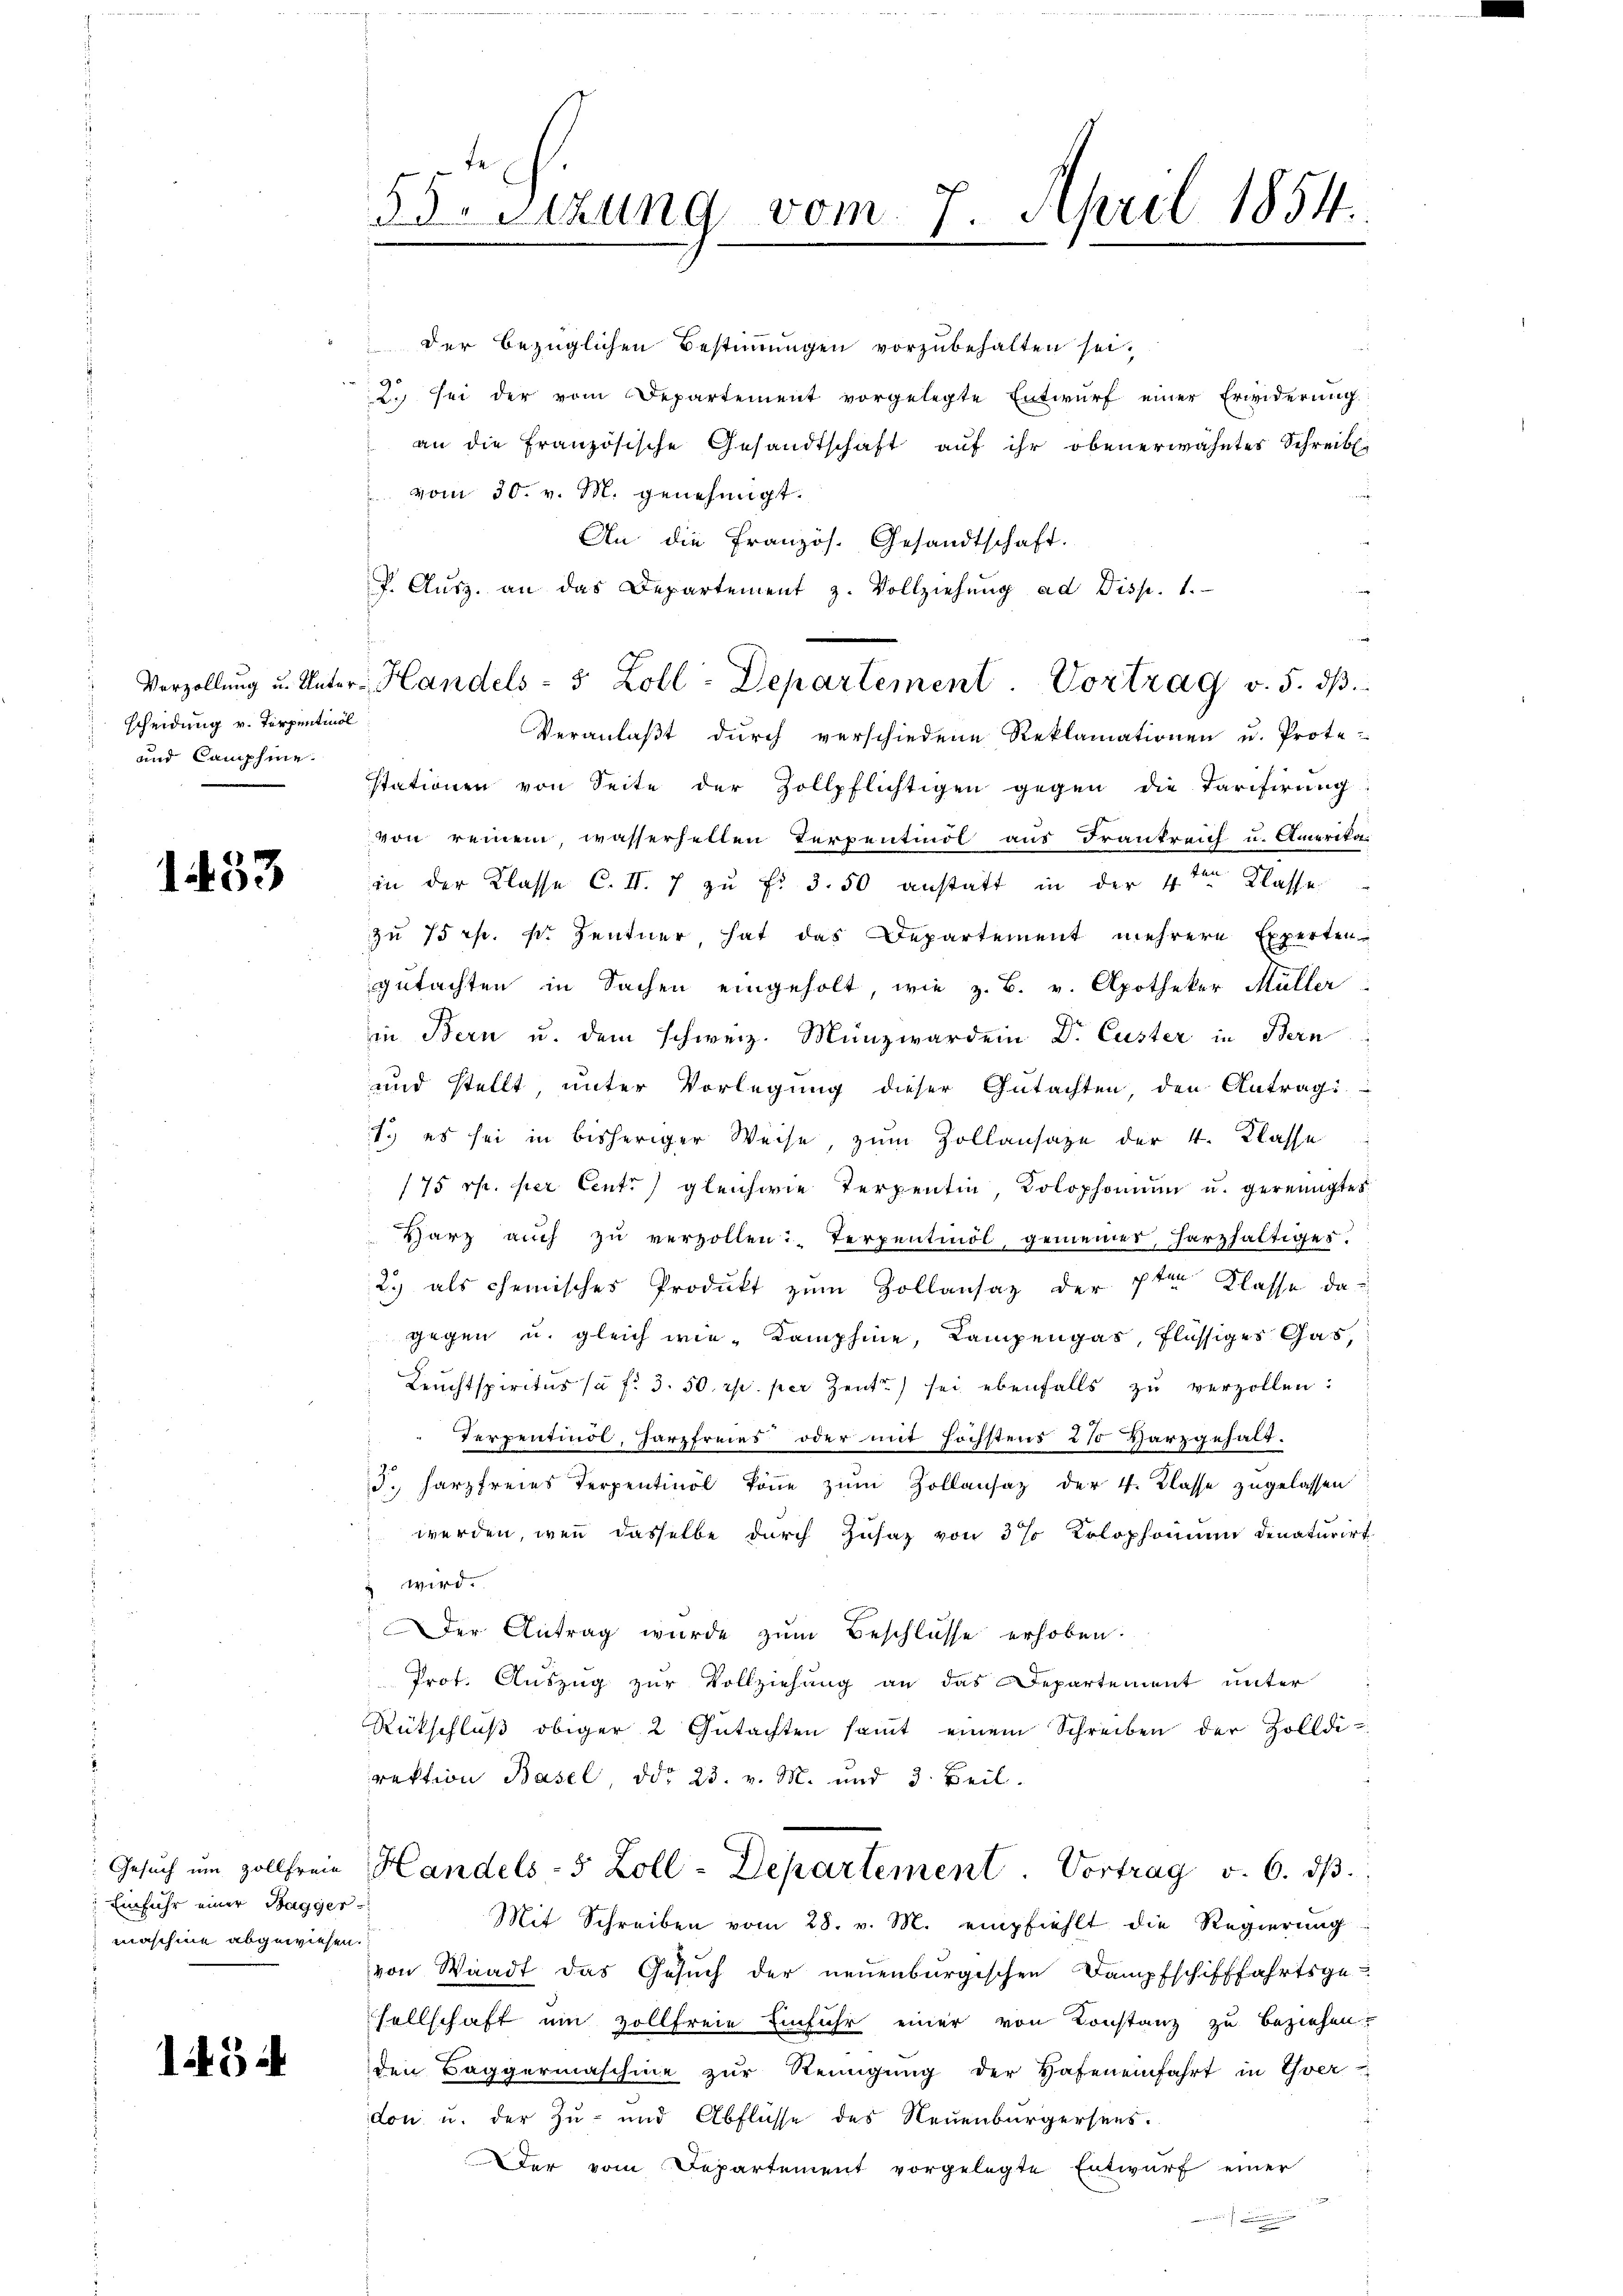
Scheidung v. Terpentinol
und Camphine

1453

Einfuhr einer Bagger
maschine abgewiesen.

1434

der bezüglichen Bestimmungen vorzubehalten sei,
2. sei der vom Departement vorgelegte Entwurf einer Erwiderung.
an die Französische Gesandtschaft aŭf ihr obenerwähntes Schreibe.
 vom 30. v. M. genehmigt.
An die französ. Gesandtschaft.
P. Aŭsz. an das Departement z. Vollziehŭng ad Disp. 1.
s
Veranlaβt dŭrch verschiedene Reklamationen u. Prote-
stationen von Seite der Zollpflichtigen gegen die Tarifirung
von reinem, wasserhellen Terpentinöl aus Frankreich u. Amerika-
in der Klasse C. II. 7 zu Fr. 3. 50 anstatt in der 4ten Klasse
zu 75 rp. sr. Zentner hat das Departement mehrere Experten-
gutachten in Sachen eingeholt, wie z. B. v. Apotheker Müller
in Bern u. dem schweiz. Münzwar dein Dr. Custer in Bern
und stellt, unter Vorlegung dieser Gutachten, den Antragi
1. es sei in bisheriger Weise, zum Zollansaze der 4. Klasse
175 rp. per Centi gleichwie Terpentin, Kolophomum u. gereinigtes
Harz auch zu verzollen: Terpentiöl, gemeiner, Harzhaltiges.
2.) als chemisches Produkt zum Zollansatz der 7ten Klasse da
gegen u. gleich wie Kamphine, Kampengas, flüssiges Gas,
Leuchtspiritus (à f. 3. 50 rp. per Zeit sei ebenfalls zu verzollen:
Terpentindl, Harzfreies oder mit höchstens 27 Harzgehaltd. Harzfreies Terpentinol könne zum Zollansaz der 4. Klasse zugelassen
werden, wenn dasselbe durch Zusatz von 3% Kolophonium denaturirt
u wird.
Der Antrag wurde zum Beschlüsse erhoben.
Prot. Auszug zur Vollziehung an das Departement unter
Rückschluß obiger 2 Gutachten samt einem Schreiben der Zolldi-
rektion Basel, ddo 23. v. M. und 3 Teil.
Gesuch um Zollfreie Handels- 5 Zoll-Departement. Vortrag v. 6. ds.
Mit Schreiben vom 28. v. M. empfiehlt die Regierung
von Waadt das Gesuch der neuenburgischen Dampfschifffahrtsge-
sellschaft ein zollfreie Einfuhr einer von Constanz zu beziehen.
den Baggermaschine zŭr Reinigŭng der Hafen einfahrt in Yver
don u. der Zu- und Abflüsse des Neuenburgersees.
Der vom Departement vorgelegte Entwurf einer
.

55 Sizung vom 7. April 1854.
c

Verzollung u. Unter-Handels- 5 Zoll-Departement Vortrag v. 5. ds.